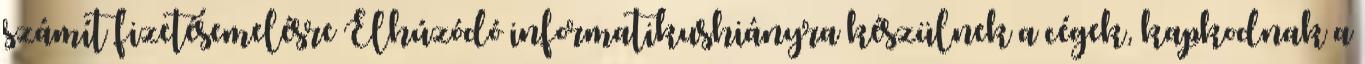
számít fizetésemelésre Elhúzódó informatikushiányra készülnek a cégek, kapkodnak a